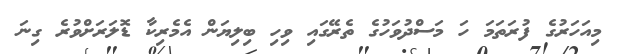
މިއަހަރުގެ ފުރަތަމަ ހަ މަސްދުވަހުގެ ތެރޭގައި ވިހި ބިލިޔަން އެމެރިކާ ޑޮލަރަށްވުރެ ގިނަ